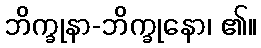
ဘိက္ခုနာ-ဘိက္ခုနော၊ ၏။